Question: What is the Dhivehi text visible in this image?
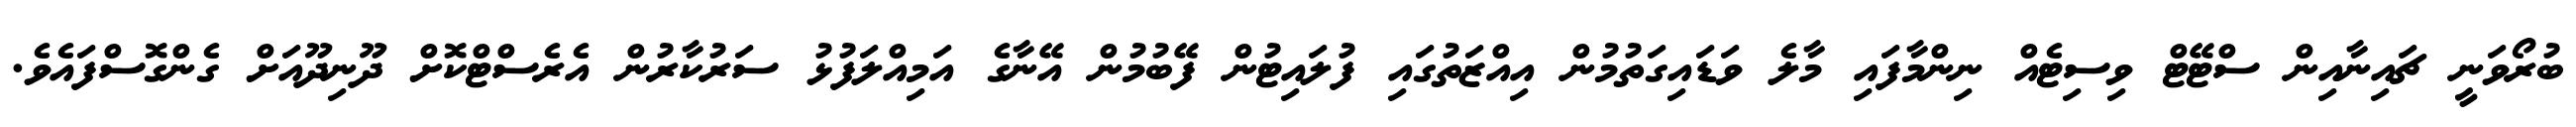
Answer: ބުރޯވަނީ ޗައިނާއިން ސްޓޭޓް ވިސިޓެއް ނިންމާފައި މާލެ ވަޑައިގަތުމުން އިއްޒަތުގައި ފުލައިޓުން ފޭބުމުން އޭނާގެ އަމިއްލަފުޅު ސަރުކާރުން އެރެސްޓްކޮށް ދޫނިދޫއަށް ގެންގޮސްފައެވެ.